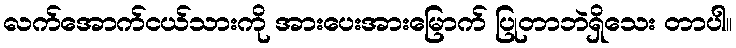
လက်အောက်ငယ်သားကို အားပေးအားမြောက် ပြုတာဘဲရှိသေး တာပါ။